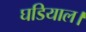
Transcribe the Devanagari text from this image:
घडियाल।